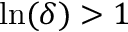
\ln ( \delta ) > 1